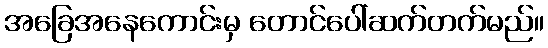
အခြေအနေကောင်းမှ တောင်ပေါ်ဆက်တက်မည်။